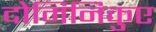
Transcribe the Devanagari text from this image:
दोमिनिकुए